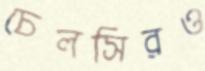
চেলসিরও